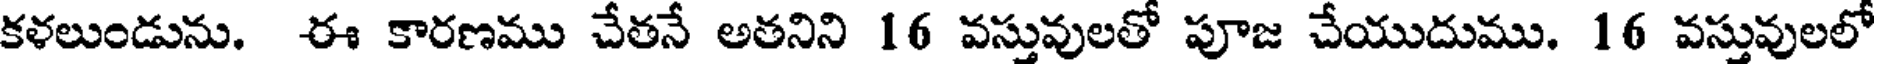
కళలుండును. ఈ కారణము చేతనే అతనిని 16 వస్తువులతో పూజ చేయుదుము. 16 వస్తువులలో